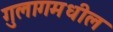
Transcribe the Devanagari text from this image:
गुलागमधील